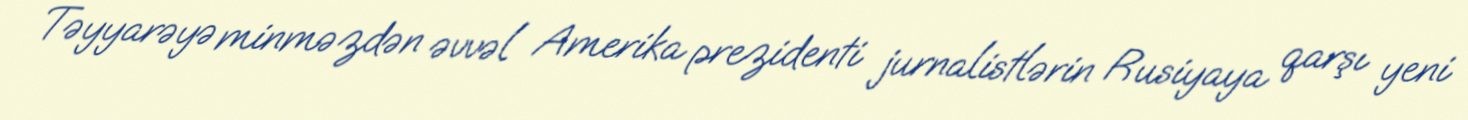
Təyyarəyə minməzdən əvvəl Amerika prezidenti jurnalistlərin Rusiyaya qarşı yeni